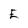
Character: E